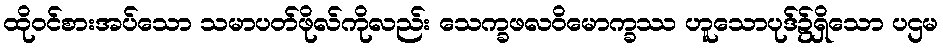
ထိုဝင်စားအပ်သော သမာပတ်ဖိုလ်ကိုလည်း သေက္ခဖလဝိမောက္ခဿ ဟူသောပုဒ်၌ရှိသော ပဌမ